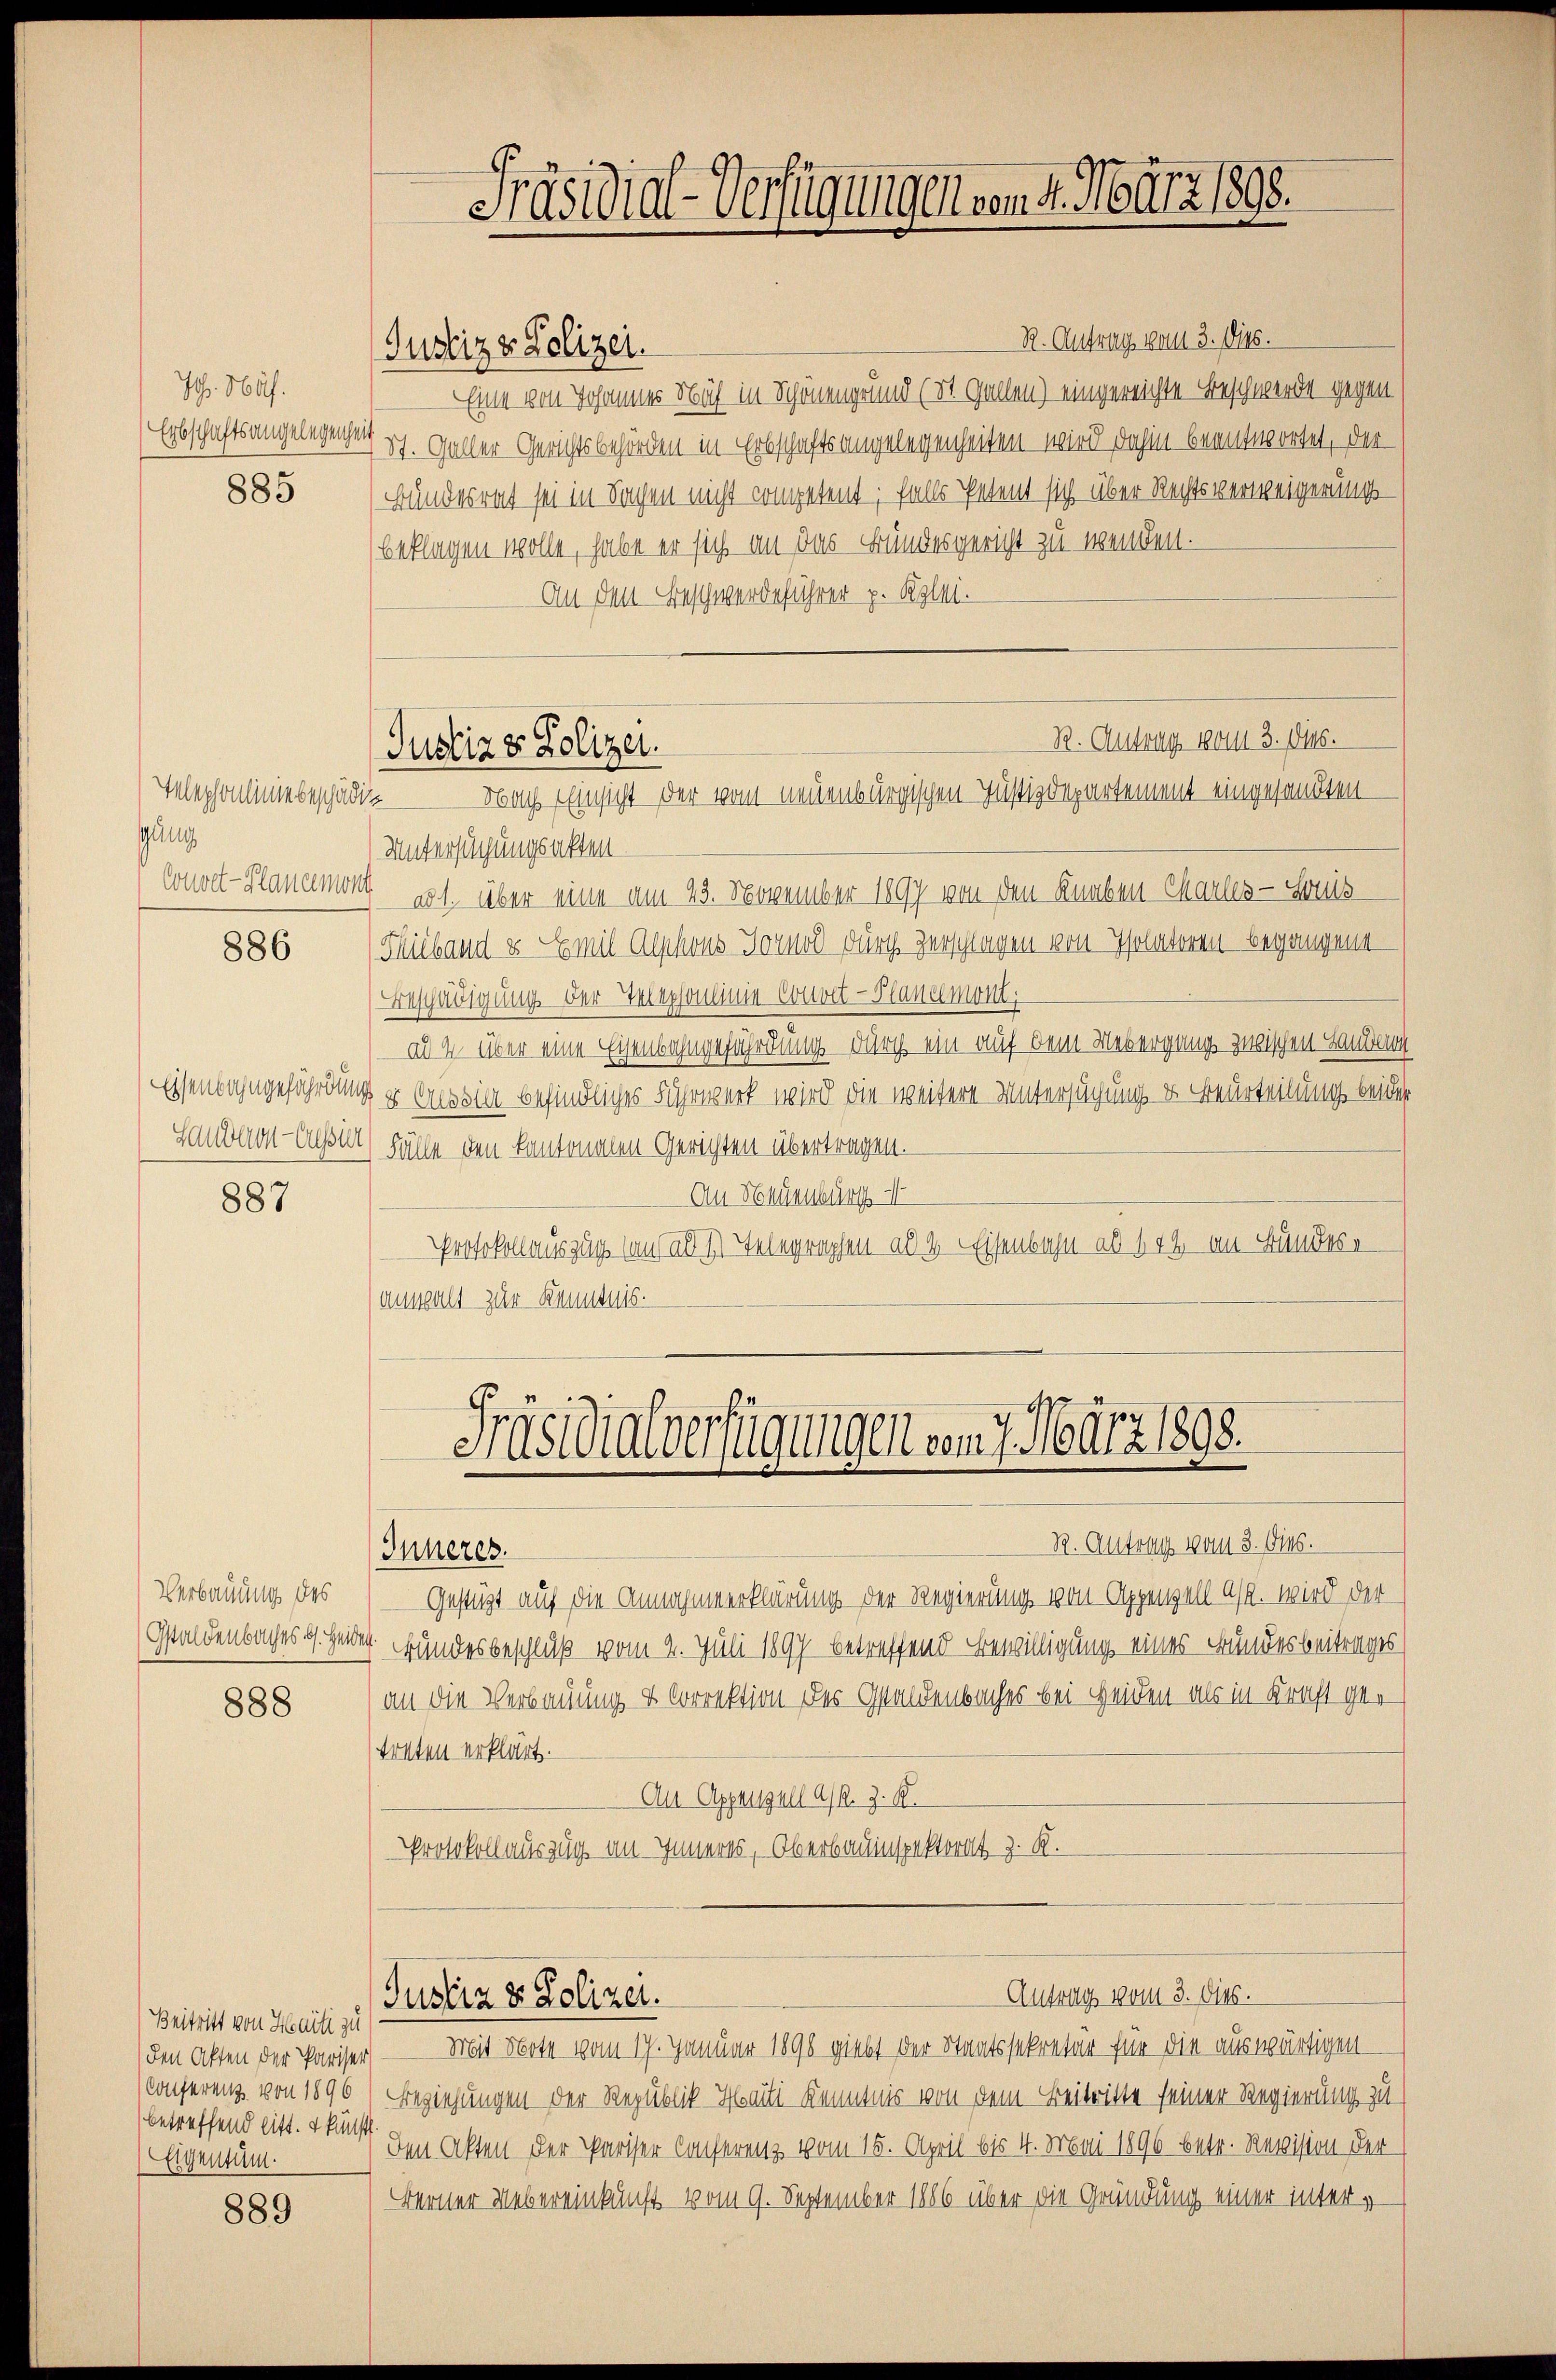
Ich. Näf.

885

Telephonlinie beschädig
Gau
Conwet-Planemont

886

887

Verbauung des

888

Beitritt von Heite zu
den Akten der Pariser
Conferenz von 1896
betreffend litt. + künft
Eigentum.

889

R. Antrag vom 3. Dies.
Justiz & Polizei.
Eine von Johannes Nach in Schönengrund (St. Gallen) eingereichte Beschwerde gegen
Erbschaftsangelegengen sch. Galler Gerichtsbehörden in Erbschaftsangelegenheiten wird dahin beantwortet, der
Bundesrat sei in Sachen nicht competent; falls Petent sich über Rechtsverweigerungsbeklagen wolle, habe er sich an das Bundesgericht zu wenden.
An den Beschwerdeführer p. Klei¬
R. Antrags 1801113. Dies
Untersuchungsakten
ad 1., über eine am 23. November 1897 von den Knaben Charles-Sonis
Füeband u. Emil Alphons Tornod durch zerschlagen von Isolatoren begangene
Beschädigung der Telephonie Convet-Planamont,
al 4 über eine Eisenbahngefährdung durch ein auf dem Uebergang zwischen Landen
Eisenbahngefährdung u Assig befindliches Fuhrwerk wird die weitere Untersuchung, es Beurteilung beider
Laudon - ensur) Fälle den kantonalen Gerichten übertragen.
An Neuenburg A
Protokollauszug sans ad 1) Telegraphen ab & Eisenbahn ad 112 am Bundere
anwalt zur Kenntnis.

Präsidial-Verfügungen von 4. März 1898.

Justiz & Polizei.
Nach Einsicht der vom neuenburgischen Justizdepartement eingesandten

Präsidialverfügungen vom 7. März 1898.

Justiz & Polizei.

Antrag vom 3. dies.

R. Antrag vom 3. Dies.
Inneres.
Gestüzt auf die Annahmeerklärung der Regierung von Appenzell A. wird der
Gstaldenbaches u. herer Bundesbeschluß vom 2. Juli 1897 betreffend Bewilligung eines Bundesbeitrages
an die Verbauung & Correktion der Gstaldenbaches bei Heiden als in Kraft getreten erklärt.
Au Appenzell A/R. J. K.
Protokollauszug am Inneres, Oberbauinspektorat z. K.

Mit Note vom 17. Januar 1898 giebt der Staatssekretär für die auswärtigen-
Beziehungen der Republik Harti Kenntnis von dem Beitritte seiner Regierung zu
den Akten der Pariser Conferenz vom 15. April bis 4. Mai 1896 betr. Revision der
Berner Uebereinkunft vom 9. September 1886 über die Gründung einer inter